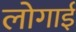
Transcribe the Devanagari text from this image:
लोगाई